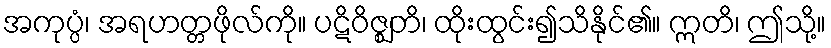
အကုပ္ပံ၊ အရဟတ္တဖိုလ်ကို။ ပဋိဝိဇ္ဈတိ၊ ထိုးထွင်း၍သိနိုင်၏။ ဣတိ၊ ဤသို့။